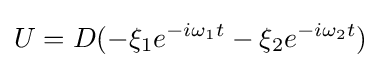
U=D(-\xi _{1}e^{-i\omega _{1}t}-\xi _{2}e^{-i\omega _{2}t})